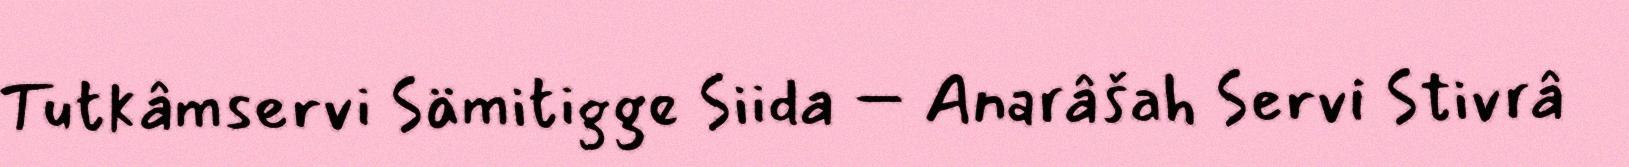
Tutkâmservi Sämitigge Siida – Anarâšah Servi Stivrâ